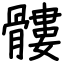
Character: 髏